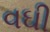
વઘી